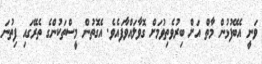
ވަނީ އެބޭފުޅުން މާތް އަށް ބިރުވެތިވުމަށް ގޮވާލައްވާފައެވެ. އެގޮތުން މީސްތަކުންގެ ތެރޭގައި ފިތުނަ